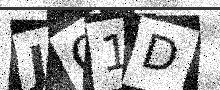
Text: JO1D